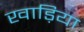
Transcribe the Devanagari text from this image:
खाड़िया